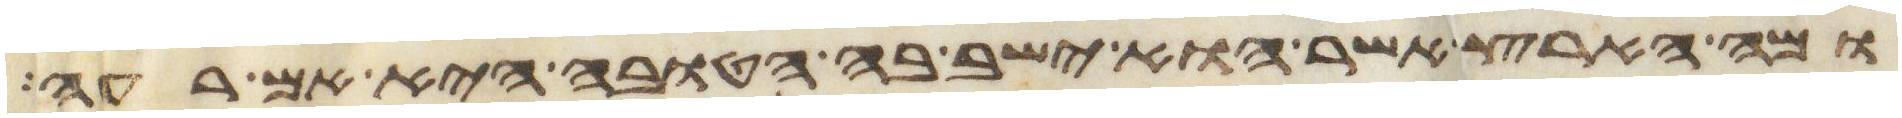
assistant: ומה הארץ אשר הוא ישב בה הטובה היא אם רעה